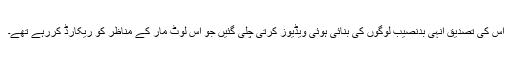
اس کی تصدیق انہی بدنصیب لوگوں کی بنائی ہوئی ویڈیوز کرتی چلی گئیں جو اس لوٹ مار کے مناظر کو ریکارڈ کررہے تھے۔